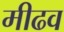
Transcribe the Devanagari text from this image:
मीढव